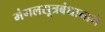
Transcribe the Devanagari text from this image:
मंगलसूत्रबंधानाने